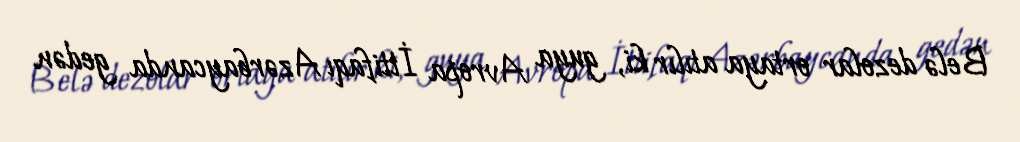
Belə dezolar ortaya atılır ki, guya Avropa İttifaqı Azərbaycanda gedən